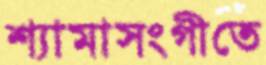
শ্যামাসংগীতে